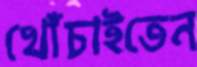
খোঁচাইতেন